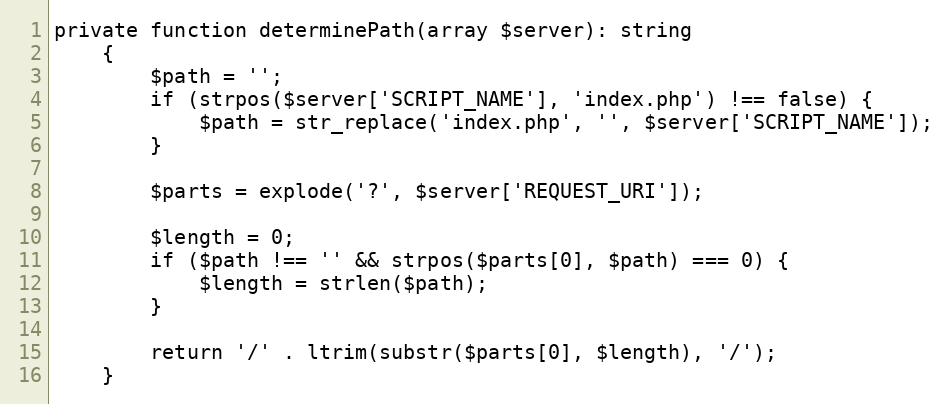
Language: PHP
private function determinePath(array $server): string
    {
        $path = '';
        if (strpos($server['SCRIPT_NAME'], 'index.php') !== false) {
            $path = str_replace('index.php', '', $server['SCRIPT_NAME']);
        }

        $parts = explode('?', $server['REQUEST_URI']);

        $length = 0;
        if ($path !== '' && strpos($parts[0], $path) === 0) {
            $length = strlen($path);
        }

        return '/' . ltrim(substr($parts[0], $length), '/');
    }